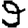
Digit: 9